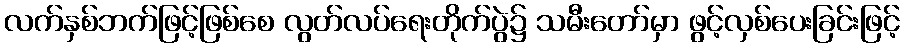
လက်နှစ်ဘက်ဖြင့်ဖြစ်စေ လွတ်လပ်ရေးတိုက်ပွဲ၌ သမီးတော်မှာ ဖွင့်လှစ်ပေးခြင်းဖြင့်